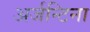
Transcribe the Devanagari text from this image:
अर्जन्टिना